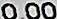
0.00